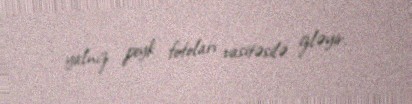
yalnız peyk fotoları vasitəsilə izləyir.